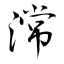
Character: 𣻸